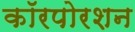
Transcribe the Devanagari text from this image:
कॉरपोरशन